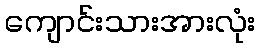
ကျောင်းသားအားလုံး